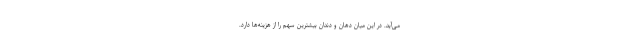
می‌آید. در این میان دهان و دندان بیشترین سهم را از هزینه‌ها دارد.